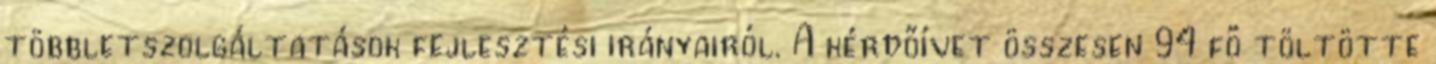
többletszolgáltatások fejlesztési irányairól. A kérdőívet összesen 94 fő töltötte